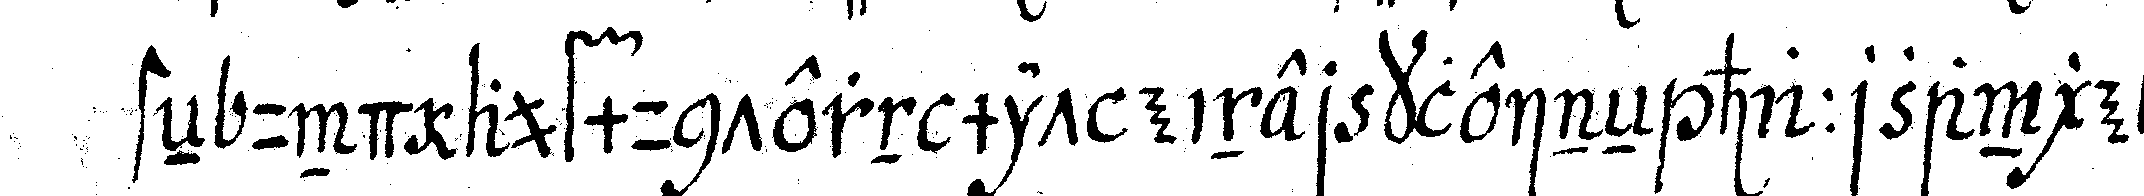
steN und aufmuntern mit einer kleineN haarzange ei